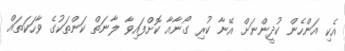
އެކި އަންހެން ކުދީންނަށް އޭނާ ކުރި ގޯނާއާ ކޮށްފައިވާ ލާނަތް ކަންތަކުގެ ވާހަކަތައް